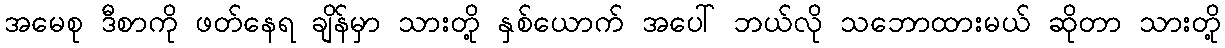
အမေစု ဒီစာကို ဖတ်နေရ ချိန်မှာ သားတို့ နှစ်ယောက် အပေါ် ဘယ်လို သဘောထားမယ် ဆိုတာ သားတို့